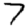
Digit: 7